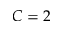
C = 2